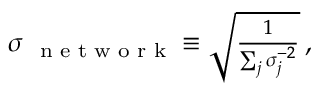
\begin{array} { r } { \sigma { _ { \mathrm { ~ \scriptsize ~ n ~ e ~ t ~ w ~ o ~ r ~ k ~ } } } \equiv \sqrt { \frac { 1 } { \sum _ { j } \sigma _ { j } ^ { - 2 } } } \, , } \end{array}